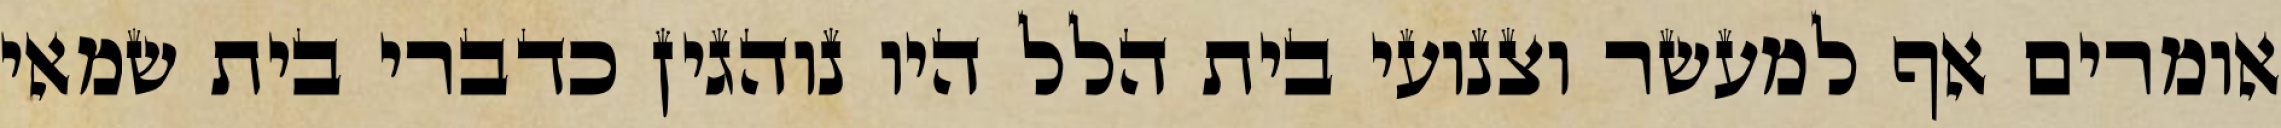
אומרים אף למעשר וצנועי בית הלל היו נוהגין כדברי בית שמאי